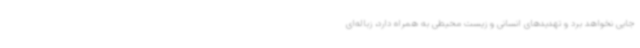
جایی نخواهد برد و تهدیدهای انسانی و زیست محیطی به همراه دارد، زباله‌ای